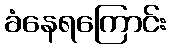
ခံနေရကြောင်း